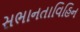
સભાનતાવિહિન